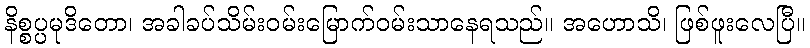
နိစ္စပ္ပမုဒိတော၊ အခါခပ်သိမ်းဝမ်းမြောက်ဝမ်းသာနေရသည်။ အဟောသိ၊ ဖြစ်ဖူးလေပြီ။